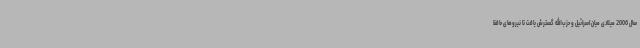
سال 2006 میلادی میان اسرائیل و حزب‌الله گسترش یافت تا نیروهای حافظ